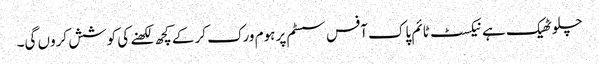
چلو ٹھیک ہے نیکسٹ ٹائم پاک آفس سسٹم پر ہوم ورک کر کے کچھ لکھنے کی کوشش کروں گی۔